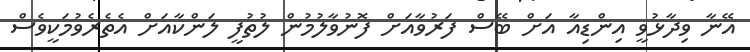
އޭނާ ވިދާޅުވީ އިންޑިއާ އަށް ބޭސް ފަރުވާއަށް ފޮނުވާލުމުން ލުތުފީ ލަންކާއަށް އެތެރެވުމަކީވެސް